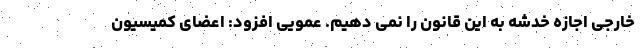
خارجی اجازه خدشه به این قانون را نمی دهیم. عمویی افزود: اعضای کمیسیون